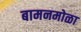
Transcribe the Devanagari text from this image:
बामनमोळा